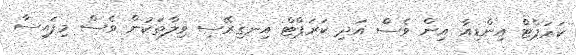
ކަރަޕްޓް އިންޑިއާ އިން ވެސް އަދި ކަރަޕްޓް އިނގިރޭސި ވިލާތަކުން ވެސް މިފައިސާ